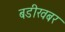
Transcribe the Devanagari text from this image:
बडीखबर